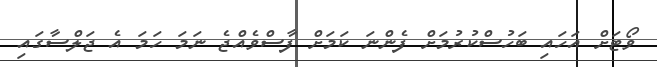
ވޯޓަށް އަހައި ބަހުސްކުރުމަށް ފެންނަ ކަމަށް ފާސްވެއްޖެ ނަމަ ހަމަ އެ ޖަލްސާގައި